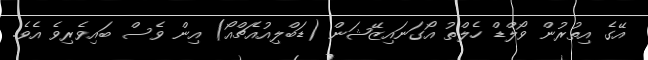
އޭގެ އިތުރުން ވޯލްޑް ހެލްތު އޯގަނައިޒޭޝަން (ޑަބްލިއުއެޗްއޯ) އިން ވެސް ބައިވެރިވެ އެވެ.